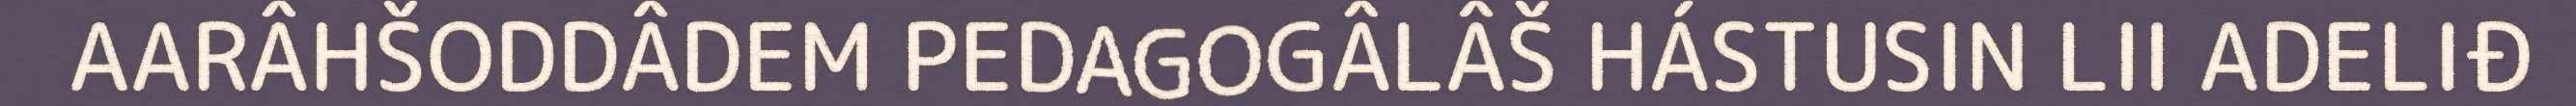
AARÂHŠODDÂDEM PEDAGOGÂLÂŠ HÁSTUSIN LII ADELIĐ